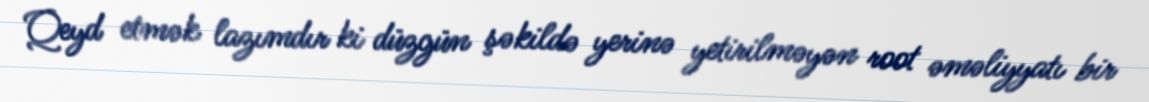
Qeyd etmək lazımdır ki düzgün şəkildə yerinə yetirilməyən root əməliyyatı bir